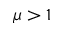
\mu > 1